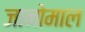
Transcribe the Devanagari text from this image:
जानोमाल